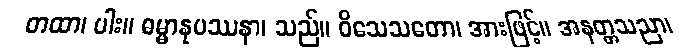
တထာ၊ ပါး။ ဓမ္မာနုပဿနာ၊ သည်။ ဝိသေသတော၊ အားဖြင့်။ အနတ္တသညာ၊